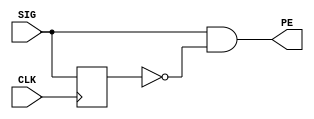
module PED_design(
    input SIG, CLK,
    output PE
);
    reg SIG_DLY;

    always @(posedge CLK) begin
        SIG_DLY <= SIG;
    end

    assign PE = SIG & ~SIG_DLY;
endmodule